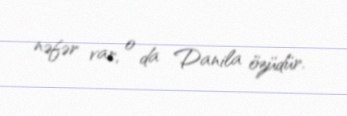
nəfər var, o da Danila özüdür.